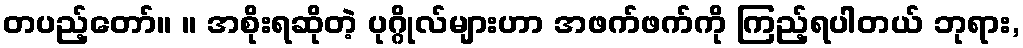
တပည့်တော်။ ။ အစိုးရဆိုတဲ့ ပုဂ္ဂိုလ်များဟာ အဖက်ဖက်ကို ကြည့်ရပါတယ် ဘုရား,